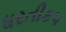
ધરતીકપ